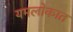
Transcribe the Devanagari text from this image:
यमलोकात